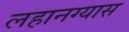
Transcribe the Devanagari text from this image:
लहानग्यास